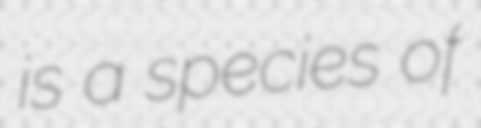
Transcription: is a species of